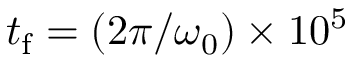
t _ { \mathrm { f } } = ( 2 \pi / \omega _ { 0 } ) \times 1 0 ^ { 5 }